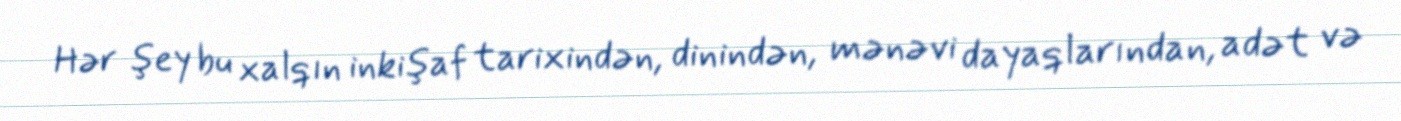
Hər şey bu xalqın inkişaf tarixindən, dinindən, mənəvi dayaqlarından, adət və